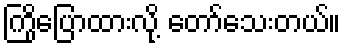
ကြိုပြောထားလို့ တော်သေးတယ်။